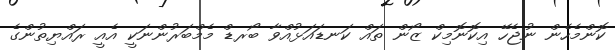
ކޮންމެހެން ނުޖެހޭ އިކޮނޮމިކް ޒޯން ތައް ކަނޑައަޅުއްވާ ބޯރޑް މެމްބަރުންނަކީ އެއީ ރައްޔިތުންގެ